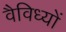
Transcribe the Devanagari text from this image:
वैविध्यों